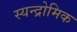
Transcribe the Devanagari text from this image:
स्यन्द्रोमिक